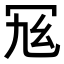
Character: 𠖂